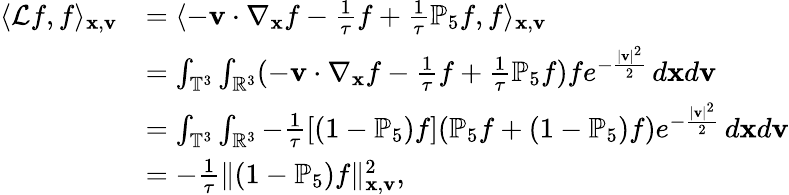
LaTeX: \begin{array}{rl}{\langle\mathcal{L}f,f\rangle_{\mathbf{x},\mathbf{v}}}&{=\langle-\mathbf{v}\cdot\nabla_{\mathbf{x}}f-\frac{1}{\tau}f+\frac{1}{\tau}\mathbb{P}_{5}f,f\rangle_{\mathbf{x},\mathbf{v}}}\\ &{=\int_{\mathbb{T}^{3}}\int_{\mathbb{R}^{3}}(-\mathbf{v}\cdot\nabla_{\mathbf{x}}f-\frac{1}{\tau}f+\frac{1}{\tau}\mathbb{P}_{5}f)fe^{-\frac{|\mathbf{v}|^{2}}{2}}\, d\mathbf{x}d\mathbf{v}}\\ &{=\int_{\mathbb{T}^{3}}\int_{\mathbb{R}^{3}}-\frac{1}{\tau}[(1-\mathbb{P}_{5})f](\mathbb{P}_{5}f+(1-\mathbb{P}_{5})f)e^{-\frac{|\mathbf{v}|^{2}}{2}}\, d\mathbf{x}d\mathbf{v}}\\ &{=-\frac{1}{\tau}\| (1-\mathbb{P}_{5})f\| _{\mathbf{x},\mathbf{v}}^{2},}\end{array}